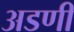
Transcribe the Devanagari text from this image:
अडणी